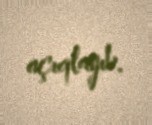
açıqlayıb.